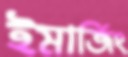
ইমার্জিং